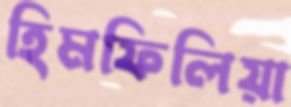
হিমফিলিয়া